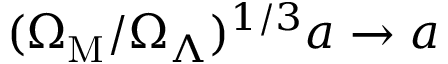
( \Omega _ { \mathrm { M } } / \Omega _ { \Lambda } ) ^ { 1 / 3 } a \rightarrow a